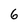
Character: 6